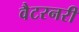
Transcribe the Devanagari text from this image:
वैटरनरी